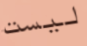
ليست